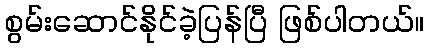
စွမ်းဆောင်နိုင်ခဲ့ပြန်ပြီ ဖြစ်ပါတယ်။